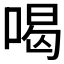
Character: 喝